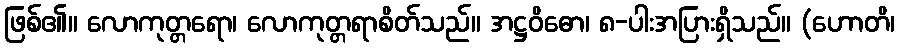
ဖြစ်၏။ လောကုတ္တရော၊ လောကုတ္တရာစိတ်သည်။ အဋ္ဌဝိဓော၊ ၈-ပါးအပြားရှိသည်။ (ဟောတိ၊